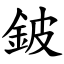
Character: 鈹